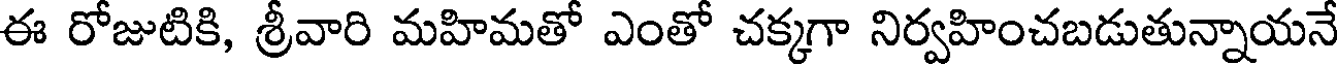
ఈ రోజుటికి, శ్రీవారి మహిమతో ఎంతో చక్కగా నిర్వహించబడుతున్నాయనే